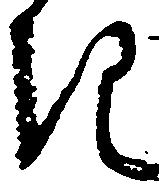
き